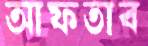
আফতাব